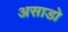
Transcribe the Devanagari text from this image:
असाडो